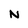
Character: N